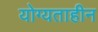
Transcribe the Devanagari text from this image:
योग्यताहीन